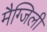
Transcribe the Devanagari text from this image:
मैग्जिली